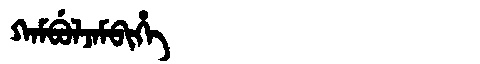
Manchu: ᡴᠠᠮᠪᡠᠯᠵᠠᠮᠪᡳᡥᡝ
Romanization: KAMBULJAMBIHE